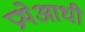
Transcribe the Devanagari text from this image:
प्रथेआधी